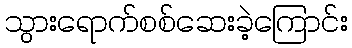
သွားရောက်စစ်ဆေးခဲ့ကြောင်း